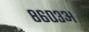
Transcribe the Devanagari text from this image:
८६०३अ